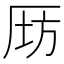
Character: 𠩝